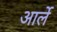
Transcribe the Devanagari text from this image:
आर्ले